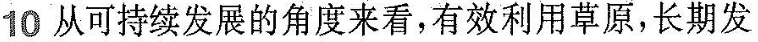
10 从可持续发展的角度来看，有效利用草原，长期发